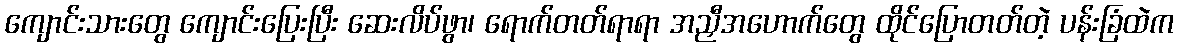
ကျောင်းသားတွေ ကျောင်းပြေးပြီး ဆေးလိပ်ဖွာ၊ ရောက်တတ်ရာရာ အညှီအဟောက်တွေ ထိုင်ပြောတတ်တဲ့ ပန်းခြံထဲက